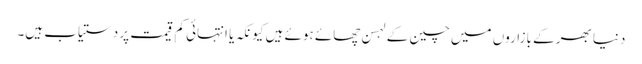
دنیا بھر کے بازاروں میں چین کے لہسن چھائے ہوئے ہیں کیونکہ یا انتہائی کم قیمت پر دستیاب ہیں۔